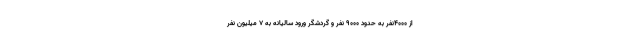
از ۴۰۰۰نفر به حدود ۹۰۰۰ نفر و گردشگر ورود سالیانه به ۷ میلیون نفر